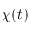
\chi ( t )